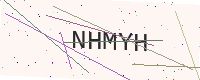
Text: NHMYH